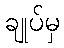
ချုပ်မှ